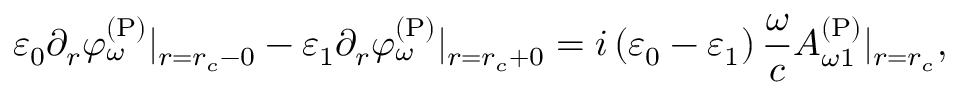
\varepsilon _ { 0 } \partial _ { r } \varphi _ { \omega } ^ { \mathrm { ( P ) } } | _ { r = r _ { c } - 0 } - \varepsilon _ { 1 } \partial _ { r } \varphi _ { \omega } ^ { \mathrm { ( P ) } } | _ { r = r _ { c } + 0 } = i \left( \varepsilon _ { 0 } - \varepsilon _ { 1 } \right) \frac { \omega } { c } A _ { \omega 1 } ^ { \mathrm { ( P ) } } | _ { r = r _ { c } } ,